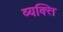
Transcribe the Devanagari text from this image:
व्‍यक्त्‍िा